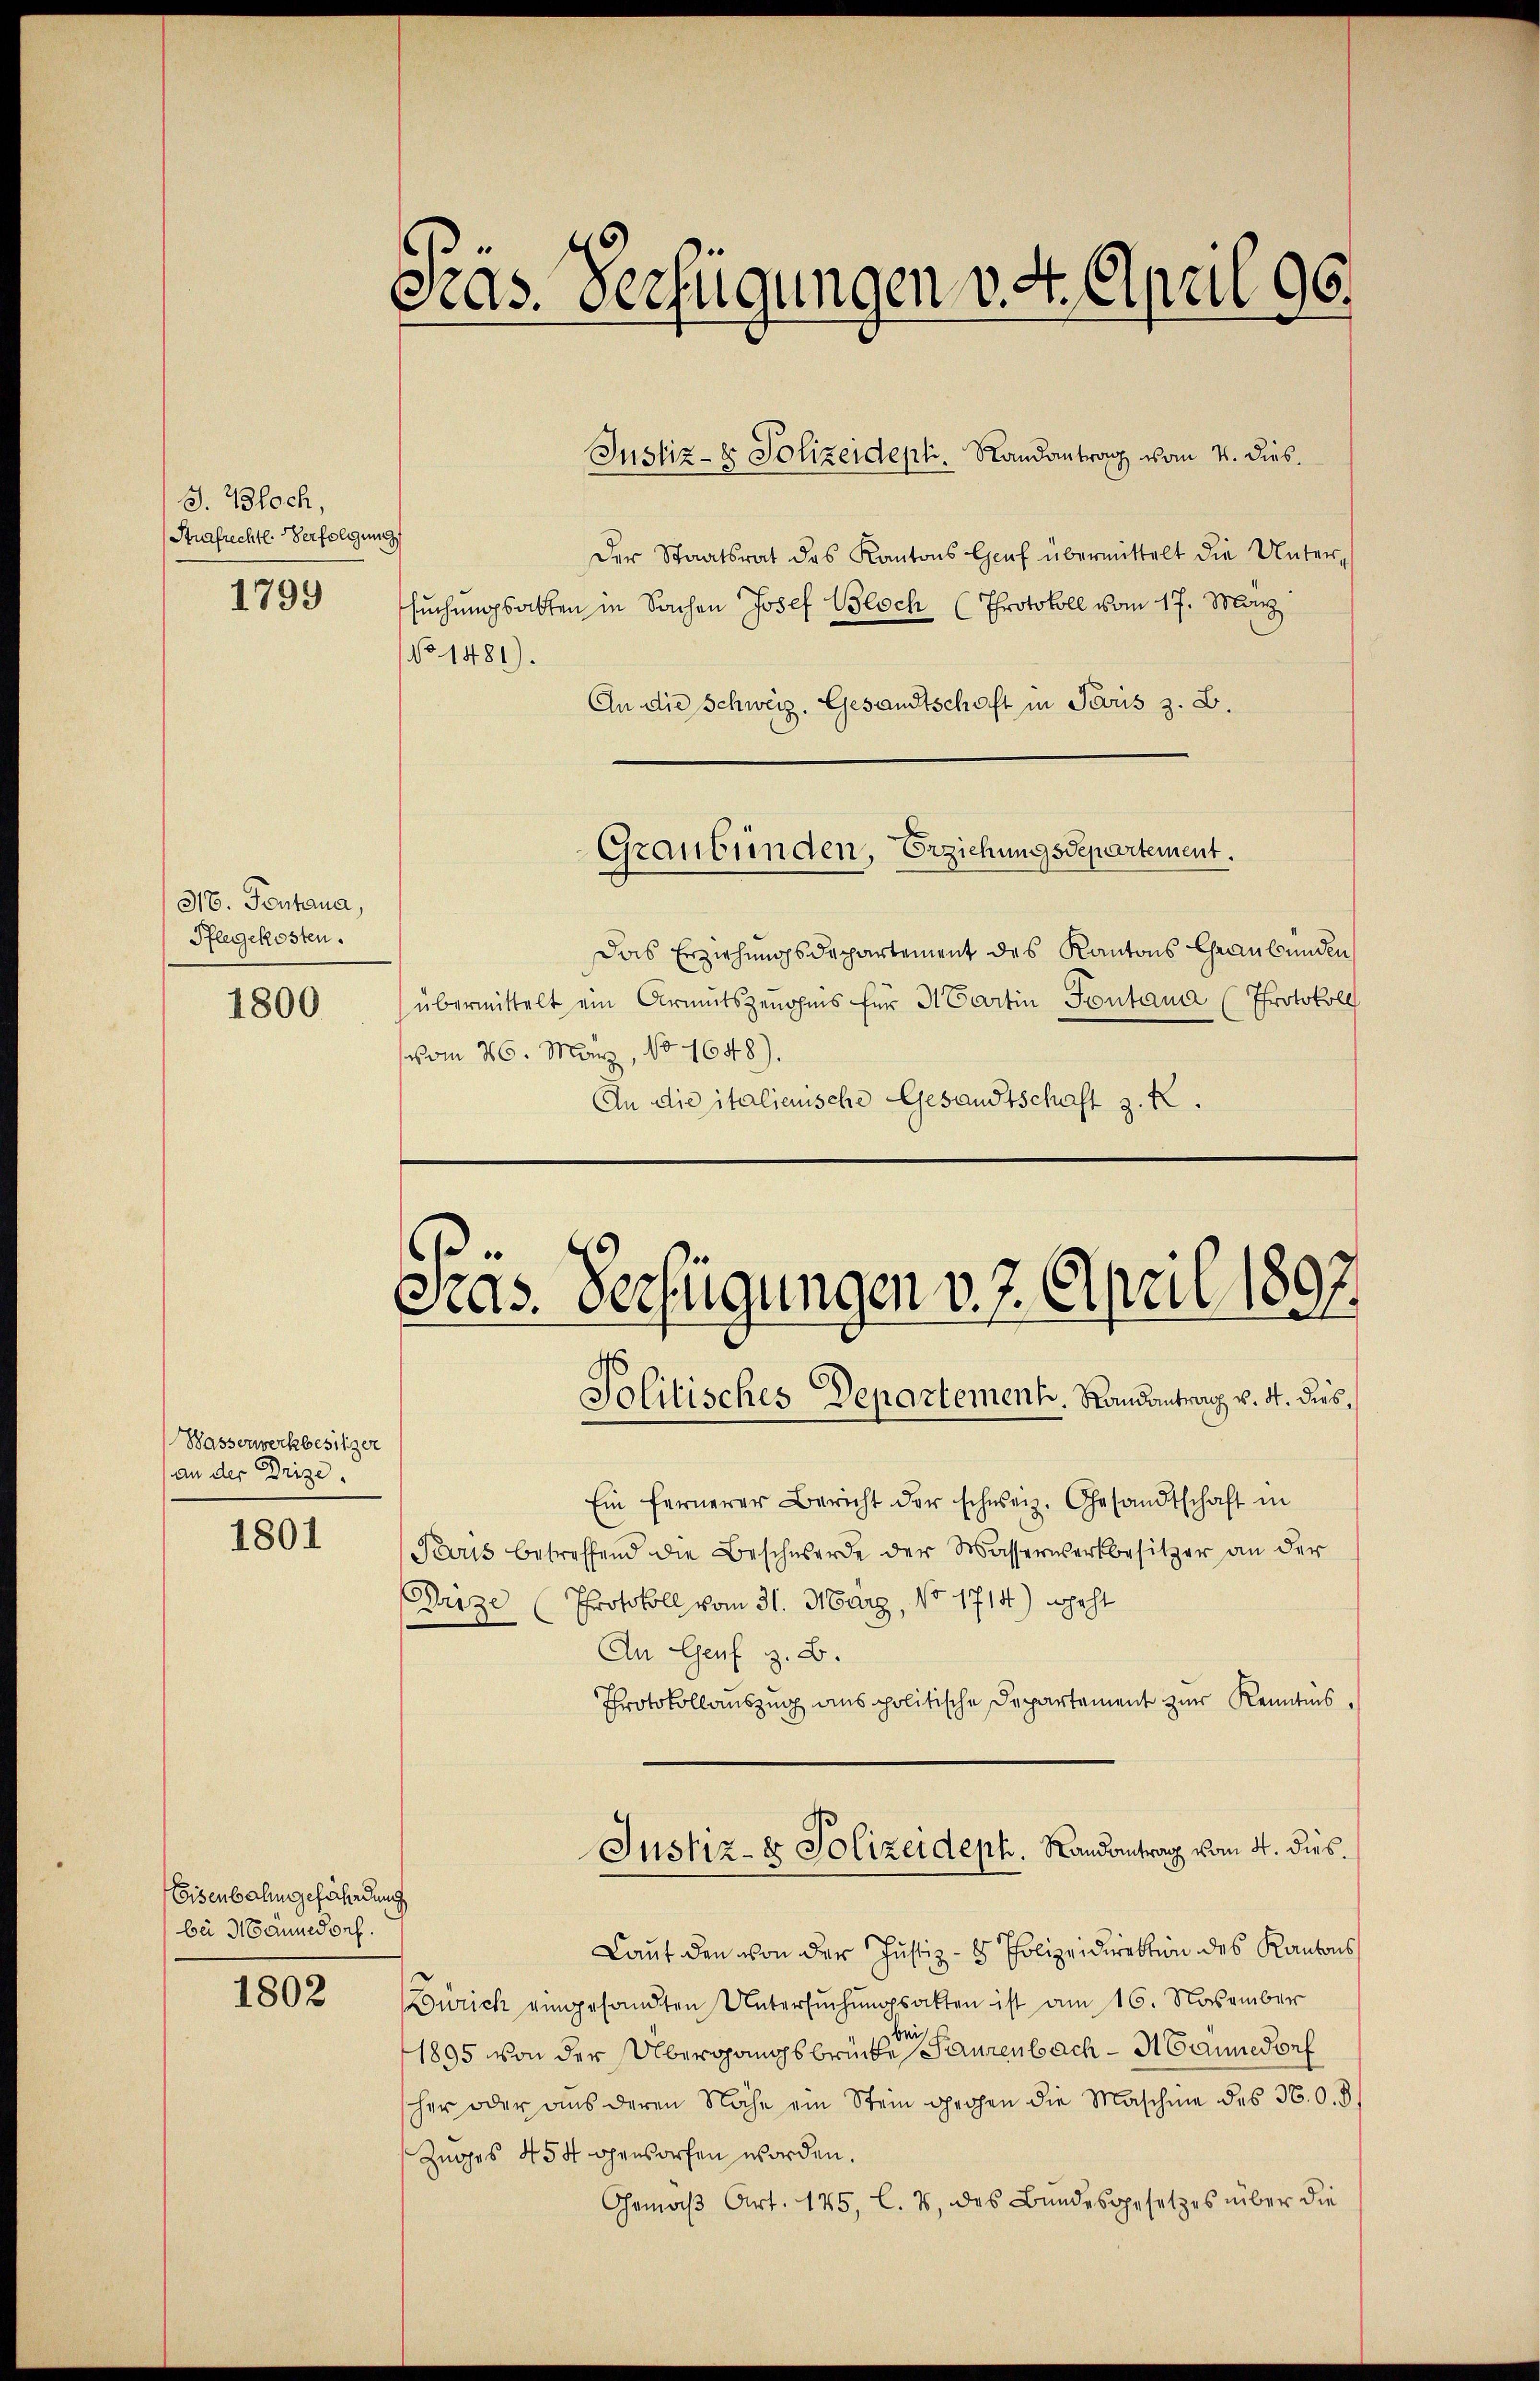
S. Bloch,
Stuarfrechtl. Verfolgung

1799

316. Fentana,
Pflegekosten.

1800

Wasserwerkbesitzer
an der Drize.

1801

Eisenbahngefährdung
bei Männedorf.

1802

Pras. Verfügungen v. 4. April 96.
Justiz- & Polizeidept. Randantrag vom 4. dies.
Der Staatsrat des Kantons Genf übermittelt die Unters

suchungsakten in Sachen Josef Bloch (Protokoll vom 17. März
No 1481).
An die Schweiz. Gesandtschaft in Paris z. B.
Graubünden, Erziehungsdepartement.
Das Erziehungsdepartement des Kantons Graubünden
übermittelt ein Armutszenahms für Martin Fontand (Protokoll
vom 26. May, No 1648).
An die italienische Gesandtschaft z. K.

e

Pras. Verfügungen v. 7. April 1897.
Politisches Departement. Randantrach v. 4. dies¬

Ein fernerer Bericht der schweiz. Gesandtschaft in
Peruis betreffend die Beschwerde der Wasserwerkbesitzer an der
Dize (Protokoll vom 31. März, No 1714) geht
An Genf z. B.
Protokollauszug aus politische Departement zur Kenntnis.
Justiz- & Polizeideph. Landantrag vom 4. dies
Laut den von der Justiz- & Polizeidirektion des Kantons
Zürich eingesandten Untersuchungsakten ist am 16. November
ei
1895 von der Übergangsbrücke Saurenbach - Mannedorf
her oder aus deren Nähe ein Stein gegen die Maschine des N. O. d
Zuges 454 opensorfen worden.
Gemäß Art. 145, l. 2, des Bundesgesetzes über die